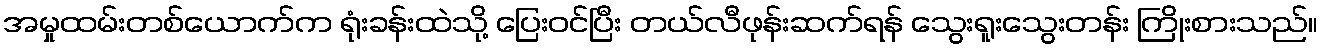
အမှုထမ်းတစ်ယောက်က ရုံးခန်းထဲသို့ ပြေးဝင်ပြီး တယ်လီဖုန်းဆက်ရန် သွေးရူးသွေးတန်း ကြိုးစားသည်။